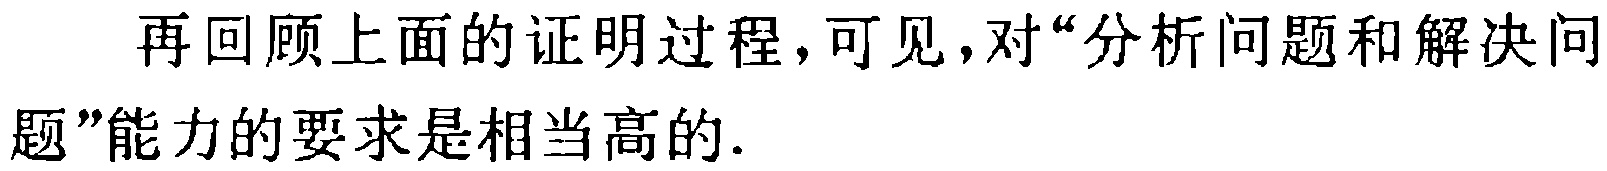
再回顾上面的证明过程，可见，对“分析问题和解决问

题”能力的要求是相当高的.